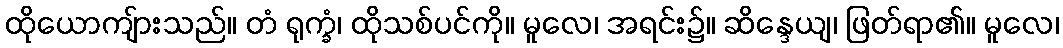
ထိုယောကျ်ားသည်။ တံ ရုက္ခံ၊ ထိုသစ်ပင်ကို။ မူလေ၊ အရင်း၌။ ဆိန္ဒေယျ၊ ဖြတ်ရာ၏။ မူလေ၊